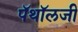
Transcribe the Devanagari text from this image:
पॅथॉलजी